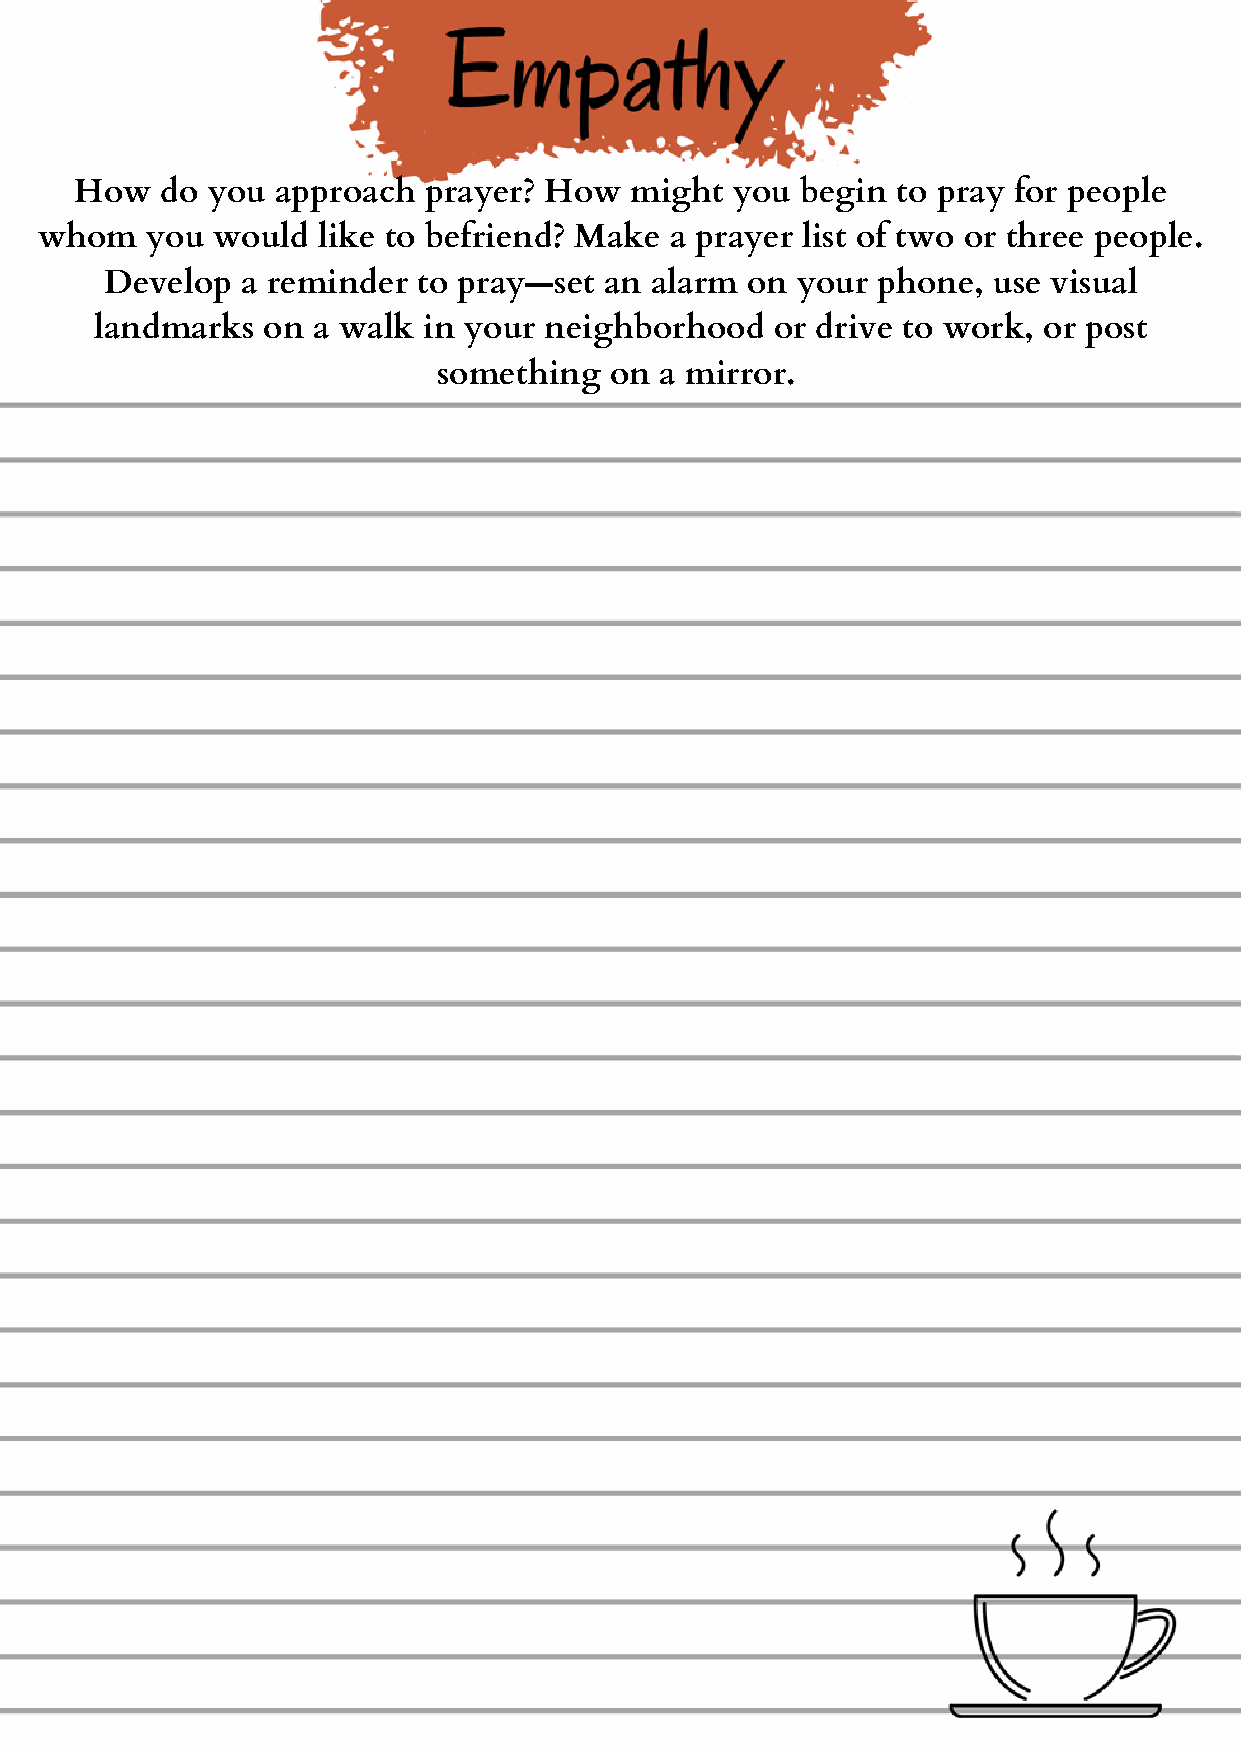
How   do you approach  prayer? How   might  you begin to pray for people
 whom   you would  like to befriend? Make a prayer list of two or three people.
 Develop  a reminder  to pray—set an alarm on  your phone,  use visual
 landmarks  on  a walk in your neighborhood   or drive to work, or post
 something  on  a mirror.